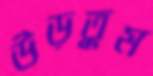
উড়তুম